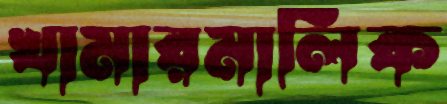
খামারমালিক